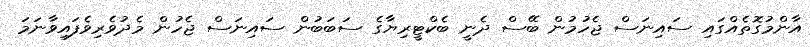
އާންމުގޮތެއްގައި ސައިނަސް ޖެހުމުން ބޭސް ދެނީ ބެކްޓީރިޔާގެ ސަބަބުން ސައިނަސް ޖެހުން މެދުވެރިވެފައިވާނަމަ